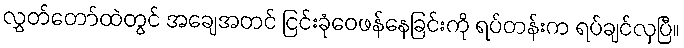
လွှတ်တော်ထဲတွင် အချေအတင် ငြင်းခုံဝေဖန်နေခြင်းကို ရပ်တန်းက ရပ်ချင်လှပြီ။